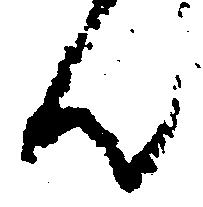
ん